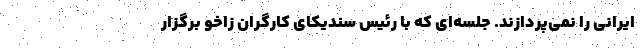
ایرانی را نمی‌پردازند. جلسه‌ای که با رئیس سندیکای کارگران زاخو برگزار